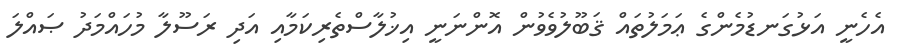
އެހެނީ އަޅުގަނޑުމެންގެ ޢަމަލުތައް ޤަބޫލުވެވުން އޮންނަނީ އިޚުލާސްތެރިކަމާއި އަދި ރަސޫލާ މުހައްމަދު ޞައްލަ